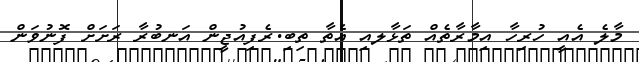
މާލެ އެއީ ހުރިހާ އިމާރާތެއް ތަޅާލއި އެތާ ތިބި.ރެފިއުޖީން އަނބުރާ ރަށަށް ފޮނުވަން